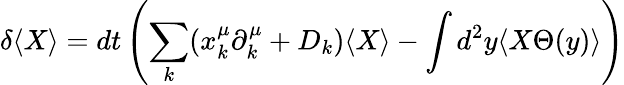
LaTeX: \delta\langle X\rangle=dt\left(\sum_{k}(x_{k}^{\mu}\partial_{k}^{\mu}+D_{k})\langle X\rangle-\int d^{2}y\langle X\Theta(y)\rangle\right)